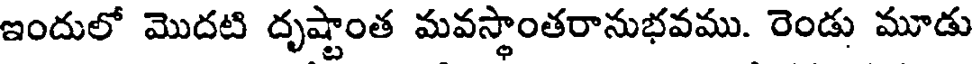
ఇందులో మొదటి దృష్టాంత మవస్థాంతరానుభవము. రెండు మూడు